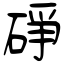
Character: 碀